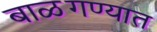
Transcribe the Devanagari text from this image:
बाळगण्यात